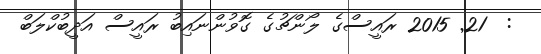
:  21